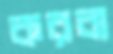
করবা